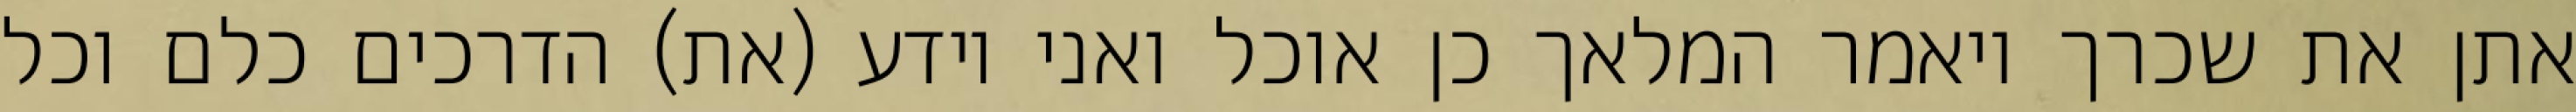
אתן את שכרך ויאמר המלאך כן אוכל ואני יודע (את) הדרכים כלם וכל